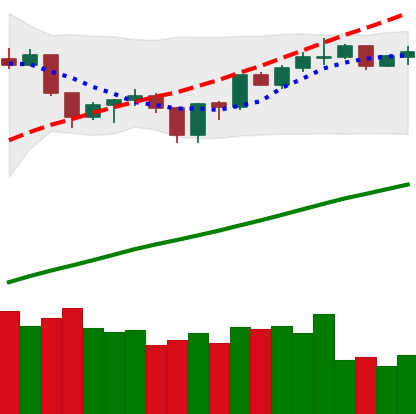
Ticker: ETH-USD
Chart end date: 2019-06-20
Forward return: 17.09%
Label: up_7plus